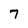
Character: 7